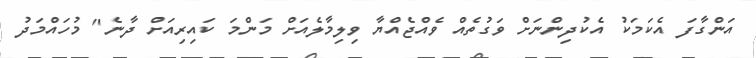
އަންގާފަ އެކަމަކު އެކުދިންނަށް ވަގުތެއް ވެއްޖެއްޔާ ވިލިމާލެއަށް މަންމަ ކައިރިއަށް ދާނެ" މުހައްމަދު